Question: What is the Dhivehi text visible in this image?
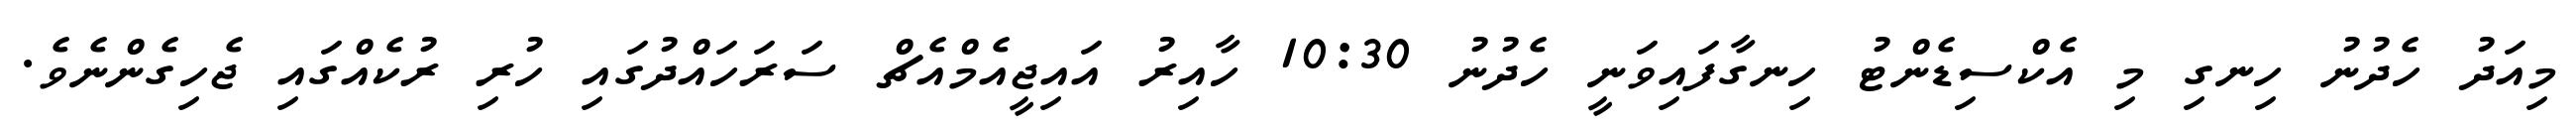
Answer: މިއަދު ހެދުނު ހިނގި މި އެކްސިޑެންޓު ހިނގާފައިވަނީ ހެދުނު 10:30 ހާއިރު އައިޖީއެމްއެޗް ސަރަހައްދުގައި ހުރި ރުކެއްގައި ޖެހިގެންނެވެ.